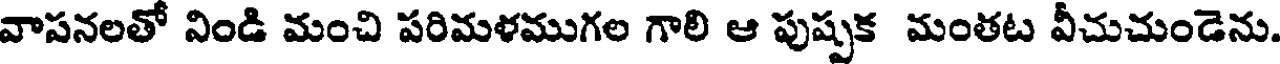
వాసనలతో నిండి మంచి పరిమళముగల గాలి ఆ పుష్పక మంతట వీచుచుండెను.